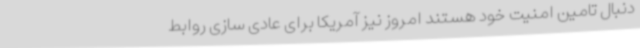
دنبال تامین امنیت خود هستند امروز نیز آمریکا برای عادی سازی روابط